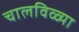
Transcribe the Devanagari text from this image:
चालविळ्या